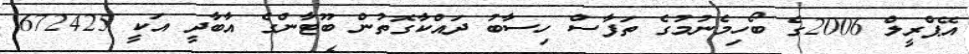
އޭޕްރީލް 2006ގެ ބޯހިމެނުމުގެ ތަފާސް ހިސާބު ދައްކާގޮތުން ބޫޓާންގެ އާބާދީ އަކީ 672425